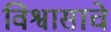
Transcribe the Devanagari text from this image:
विश्वासाचे